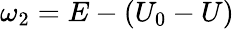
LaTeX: \omega_{2}=E-(U_{0}-U)